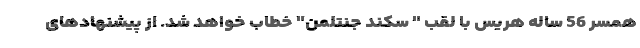
همسر 56 ساله هریس با لقب " سکند جنتلمن" خطاب خواهد شد. از پیشنهادهای